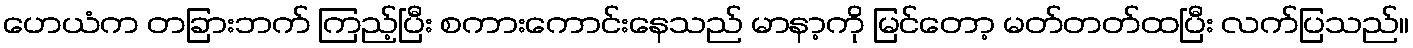
ဟေယံက တခြားဘက် ကြည့်ပြီး စကားကောင်းနေသည် မာနာ့ကို မြင်တော့ မတ်တတ်ထပြီး လက်ပြသည်။